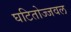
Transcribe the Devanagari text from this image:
घटितोज्जवल